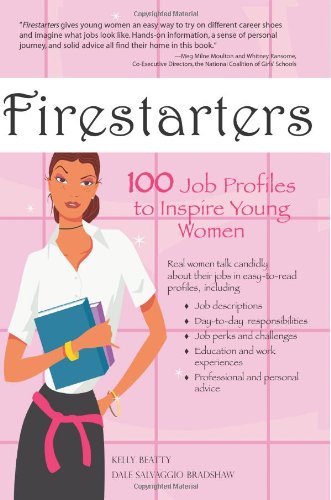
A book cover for Firestarters: 100 Job Profiles to Inspire Young Women; Dale V. S. Bradshaw; Business & Money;